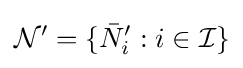
{\mathcal {N}}'=\{{\bar {N}}_{i}':i\in {\mathcal {I}}\}